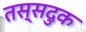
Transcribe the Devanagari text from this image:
तस्सदुक